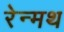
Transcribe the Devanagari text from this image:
रेन्मथ